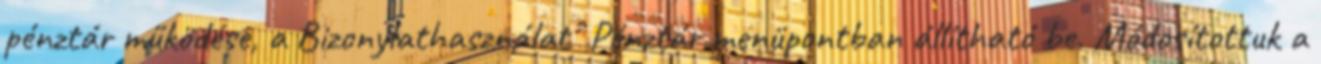
pénztár működése, a Bizonylathasználat Pénztár menüpontban állítható be. Módosítottuk a